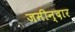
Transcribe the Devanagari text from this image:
जमीन्दार